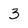
Character: 3